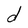
Character: d